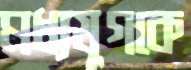
মধ্যযুগকে